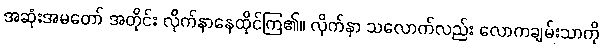
အဆုံးအမတော် အတိုင်း လိုက်နာနေထိုင်ကြ၏။ လိုက်နာ သလောက်လည်း လောကချမ်းသာကို